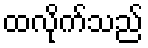
ထလိုက်သည်